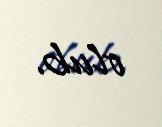
olub.